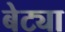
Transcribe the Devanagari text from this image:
बेट्या